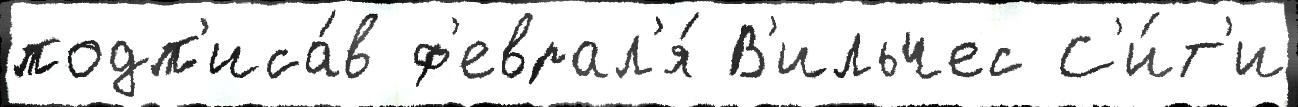
подп'иса́в ф'еврал'я́ В'ильчес С'и́т'и